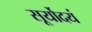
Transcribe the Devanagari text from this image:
सूर्योदयं